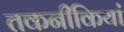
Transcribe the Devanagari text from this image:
तकनीकियां